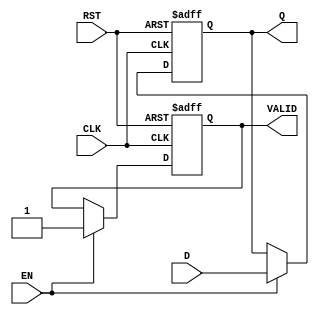
module output_register #(
    parameter DATA_WIDTH = 8 // Define the width of the data; default is 8 bits
)(
    input  wire [DATA_WIDTH-1:0] D,    // Data Input
    input  wire CLK,                    // Clock Input
    input  wire RST,                    // Reset Input
    input  wire EN,                     // Enable Input
    output reg  [DATA_WIDTH-1:0] Q,     // Data Output
    output reg  VALID                    // Output Valid Signal
);

// Synchronous or Asynchronous reset functionality
always @(posedge CLK or posedge RST) begin
    if (RST) begin
        Q <= {DATA_WIDTH{1'b0}}; // Clear register to zero
        VALID <= 1'b0;           // Valid signal is low on reset
    end else if (EN) begin
        Q <= D;                  // On clock edge, capture data
        VALID <= 1'b1;          // Data is valid when captured
    end
end

endmodule